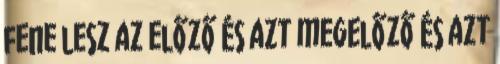
fene lesz az előző és azt megelőző és azt